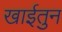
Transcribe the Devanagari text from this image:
खाईतुन